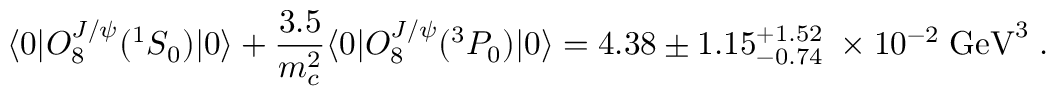
\langle 0 | { \cal O } _ { 8 } ^ { J / \psi } ( ^ { 1 } S _ { 0 } ) | 0 \rangle + { \frac { 3 . 5 } { m _ { c } ^ { 2 } } } \langle 0 | { \cal O } _ { 8 } ^ { J / \psi } ( ^ { 3 } P _ { 0 } ) | 0 \rangle = 4 . 3 8 \pm 1 . 1 5 _ { - 0 . 7 4 } ^ { + 1 . 5 2 } \; \times 1 0 ^ { - 2 } \; \mathrm { G e V } ^ { 3 } \; .